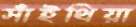
সাঁইথিয়া